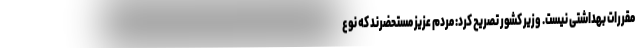
مقررات بهداشتی نیست. وزیر کشور تصریح کرد: مردم عزیز مستحضرند که نوع